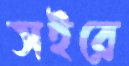
সইরে